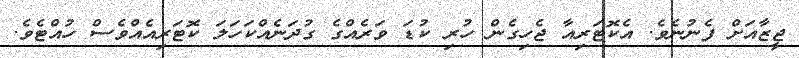
ޖީޒާއަށް ފެނުނެވެ. އެކޮޓަރިއާ ޖެހިގެން ހުރި ކުޑަ ވަރެއްގެ ގުދަނެއްކަހަލަ ކޮޓަރިއެއްވެސް ހުއްޓެވެ.